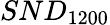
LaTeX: SND_{1200}